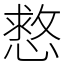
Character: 慦